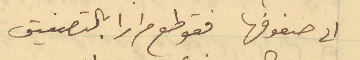
الى صفوفها فقوطع مرارا بالتصفيق